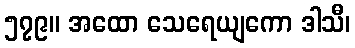
၅၇၉။ အထော သေရေယျကော ဒါသီ၊